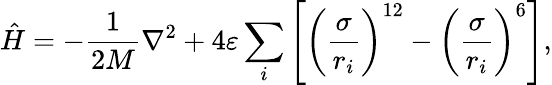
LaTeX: \hat{H}=-\frac{1}{2M}\nabla^{2}+4\varepsilon\sum_{i}\left[\left(\frac{\sigma}{r_{i}}\right)^{12}-\left(\frac{\sigma}{r_{i}}\right)^{6}\right],